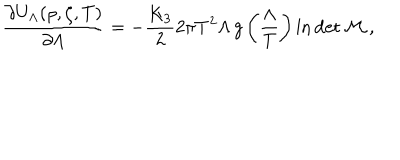
\frac { \partial U _ { \Lambda } ( \rho , \zeta , T ) } { \partial \Lambda } = - \frac { K _ { 3 } } { 2 } 2 \pi T ^ { 2 } \Lambda \, g \left( \frac { \Lambda } { T } \right) \ln \det \cal { M } \, ,